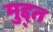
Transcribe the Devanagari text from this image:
मुद्द्त